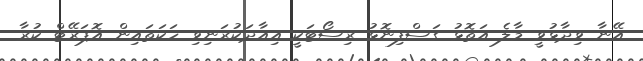
އޭނާ ވިދާޅުވީ މާލެ އަތޮޅު ގަސްފިނޮޅު ރިސޯޓަކީ އިއާދަކުރަނިވި ހަކަތައިން އޮޕަރޭޓް ކުރާ